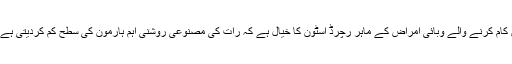
امریکی یونیورسٹی آف کنکٹی کٹ ہیلتھ سینٹر میں کام کرنے والے وبائی امراض کے ماہر رچرڈ اسٹون کا خیال ہے کہ رات کی مصنوعی روشنی اہم ہارمون کی سطح کم کردیتی ہے جس سے انسانی صحت کا متاثر ہونا ناگزیر ہے۔